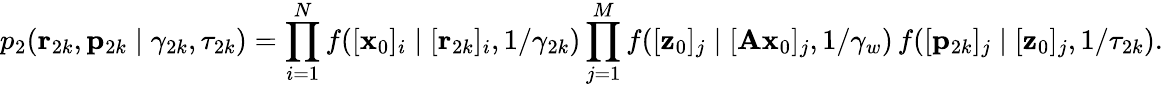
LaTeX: p_{2}(\mathbf{r}_{2k},\mathbf{p}_{2k}\mid\gamma_{2k},\tau_{2k})=\prod_{i=1}^{N}f([\mathbf{x}_{0}]_{i}\mid[\mathbf{r}_{2k}]_{i},1/\gamma_{2k})\prod_{j=1}^{M}f([\mathbf{z}_{0}]_{j}\mid[\mathbf{A}\mathbf{x}_{0}]_{j},1/\gamma_{w})\, f([\mathbf{p}_{2k}]_{j}\mid[\mathbf{z}_{0}]_{j},1/\tau_{2k}).